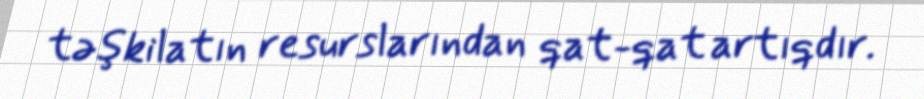
təşkilatın resurslarından qat-qat artıqdır.